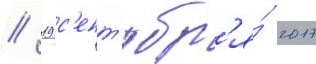
// 19 с'ент'ябр'я́ 2017